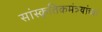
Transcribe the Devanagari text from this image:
सांस्कृतिकमंत्र्यांच्या